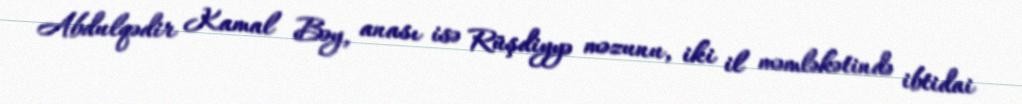
Abdulqədir Kamal Bəy, anası isə Rüşdiyyə məzunu, iki il məmləkətində ibtidai